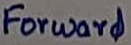
Text: Forward